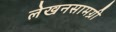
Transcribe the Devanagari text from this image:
लेखनसामग्री